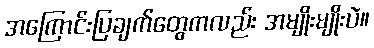
အကြောင်းပြချက်တွေကလည်း အမျိုးမျိုးပဲ။